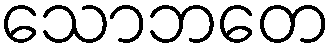
သောဘတေ